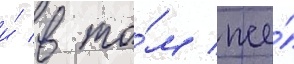
и́ в то́м же́